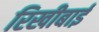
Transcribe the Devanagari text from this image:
रिखीबाई